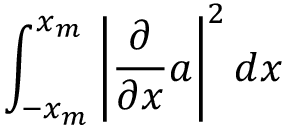
\int _ { - x _ { m } } ^ { x _ { m } } \left| \frac { \partial } { \partial x } a \right| ^ { 2 } d x